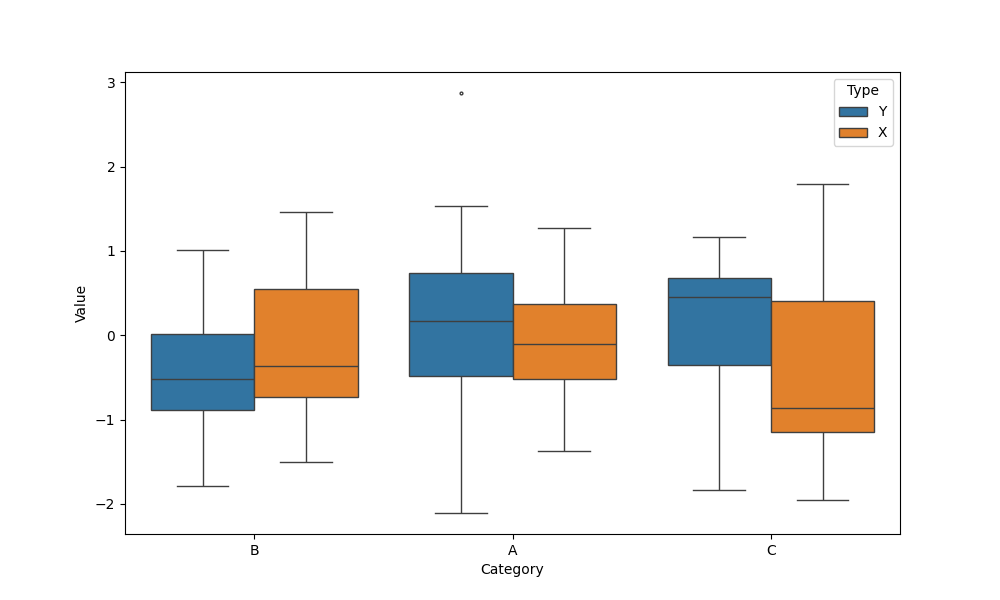
python, seaborn, boxplot, width=0.8, linewidth=1, fliersize=2, notch=False